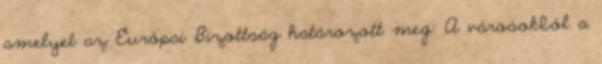
amelyet az Európai Bizottság határozott meg: A városokból a